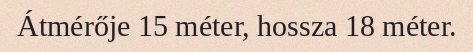
Átmérője 15 méter, hossza 18 méter.